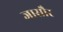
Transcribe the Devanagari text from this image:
जासौर